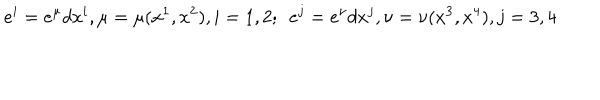
e ^ { i } = e ^ { \mu } d x ^ { i } , \mu = \mu ( x ^ { 1 } , x ^ { 2 } ) , i = 1 , 2 ; ~ ~ e ^ { j } = e ^ { \nu } d x ^ { j } , \nu = \nu ( x ^ { 3 } , x ^ { 4 } ) , j = 3 , 4